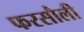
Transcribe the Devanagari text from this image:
फरसौली